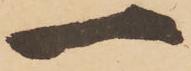
一